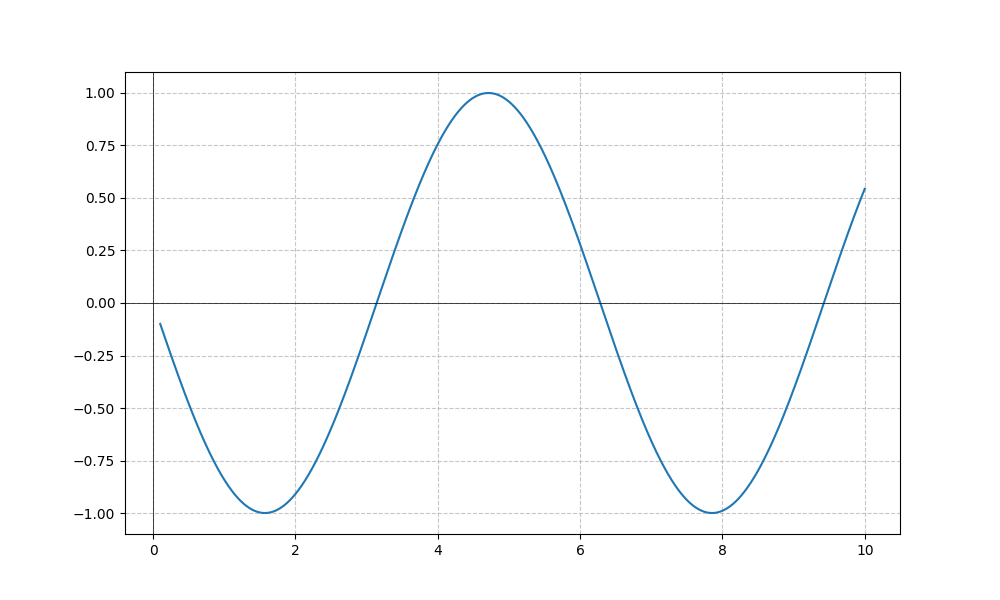
LaTeX formula: - \cos{\left(x \right)} \tan{\left(x \right)}